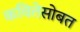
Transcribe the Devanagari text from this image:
कवितेसोबत